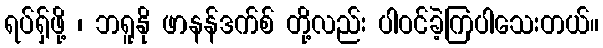
ရပ်ရှ်ဖို့ ၊ ဘရူနို ဖာနန်ဒက်စ် တို့လည်း ပါဝင်ခဲ့ကြပါသေးတယ်။